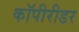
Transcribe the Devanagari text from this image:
कॉपीरीडर